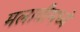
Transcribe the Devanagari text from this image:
मलावीमध्ये